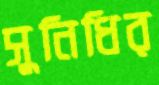
সুনিধির